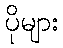
ပိုများ